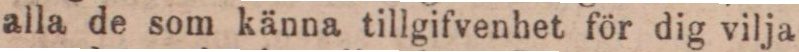
alla de som känna tillgifvenhet för dig vilja